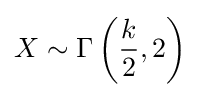
X\sim \Gamma \left({\frac {k}{2}},2\right)